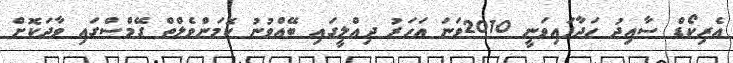
އެރިކޯޑް ސާއިދު ހަދާފައިވަނީ 2010ވަނަ އަހަރު ދިއްލީގައި ބޭއްވުނު ކޮމަންވެލްތް ގޭމްސްގައި ވާދަކޮށް